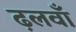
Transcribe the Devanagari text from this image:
ढ़लवाँ